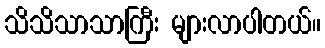
သိသိသာသာကြီး များလာပါတယ်။